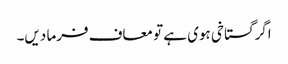
اگر گستاخی ہوی ہے تو معاف فرما دیں۔